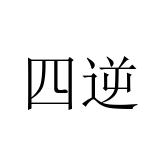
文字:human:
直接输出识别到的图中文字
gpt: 四逆